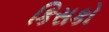
કિસકો